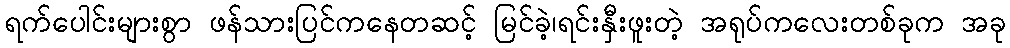
ရက်ပေါင်းများစွာ ဖန်သားပြင်ကနေတဆင့် မြင်ခဲ့၊ရင်းနှီးဖူးတဲ့ အရုပ်ကလေးတစ်ခုက အခု